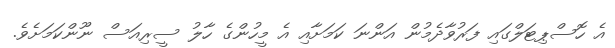
އެ ހޮސްޕިޓަލްގައި ފަރުވާދެމުން އަންނަ ކަމަށާއި އެ މީހުންގެ ހާލު ސީރިއަސް ނޫންކަމަށެވެ.